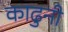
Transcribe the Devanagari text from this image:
काढुनी